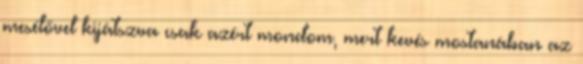
mesélővel kijátszva csak azért mondom, mert kevés mostanában az